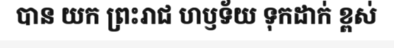
បាន យក ព្រះរាជ ហឫទ័យ ទុកដាក់ ខ្ពស់